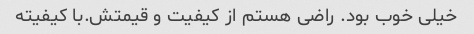
خیلی خوب بود. راضی هستم از کیفیت و قیمتش.با کیفیته